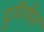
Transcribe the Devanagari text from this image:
दुविधेत